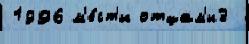
1996 м'е́ст'и отцам'и3